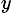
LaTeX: ^{y}